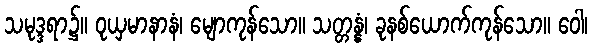
သမုဒ္ဒရာ၌။ ဝုယှမာနာနံ၊ မျောကုန်သော။ သတ္တန္နံ၊ ခုနစ်ယောက်ကုန်သော။ ဝေါ၊